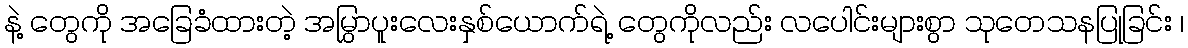
နဲ့ တွေကို အခြေခံထားတဲ့ အမြွှာပူးလေးနှစ်ယောက်ရဲ့ တွေကိုလည်း လပေါင်းများစွာ သုတေသနပြုခြင်း ၊